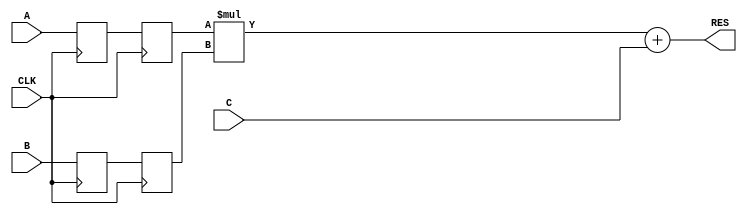
`timescale 1ns / 1ps

module multiplier_adder_2RegLevel_OnInnput(
    input CLK,
    input [7:0] A,
    input [7:0] B,
    input [7:0] C,
    output [15:0] RES
    );
	 
	 reg [7:0] A_reg1, A_reg2, B_reg1, B_reg2;
	 wire [15:0] multaddsub;
	 
	 always @ (posedge CLK) begin
		A_reg1 <= A;
		A_reg2 <= A_reg1;
		B_reg1 <= B;
		B_reg2 <= B_reg1;
	 end
	 
	 assign multaddsub = A_reg2 * B_reg2 + C;
	 assign RES = multaddsub;

endmodule